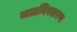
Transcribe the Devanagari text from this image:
जलनिस्सरण